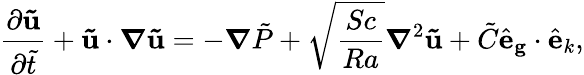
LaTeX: \frac{\partial\mathbf{\tilde{u}}}{\partial\tilde{t}}+\mathbf{\tilde{u}}\cdot\boldsymbol\nabla\mathbf{\tilde{u}}=-\boldsymbol\nabla\tilde{P}+\sqrt{\frac{Sc}{Ra}}\boldsymbol\nabla^{2}\mathbf{\tilde{u}}+\tilde{C}\hat{\mathbf e}_{\mathbf g}\cdot\hat{\mathbf e}_{k},